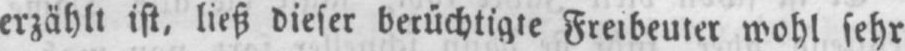
erzählt ist, ließ dieser berüchtigte Freibeuter wohl sehr